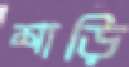
শাড়ি